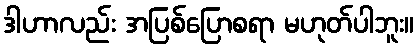
ဒါဟာလည်း အပြစ်ပြောစရာ မဟုတ်ပါဘူး။